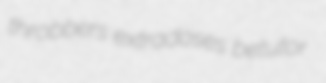
throbbers extradoses betutor